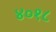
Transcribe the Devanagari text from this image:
४०१८